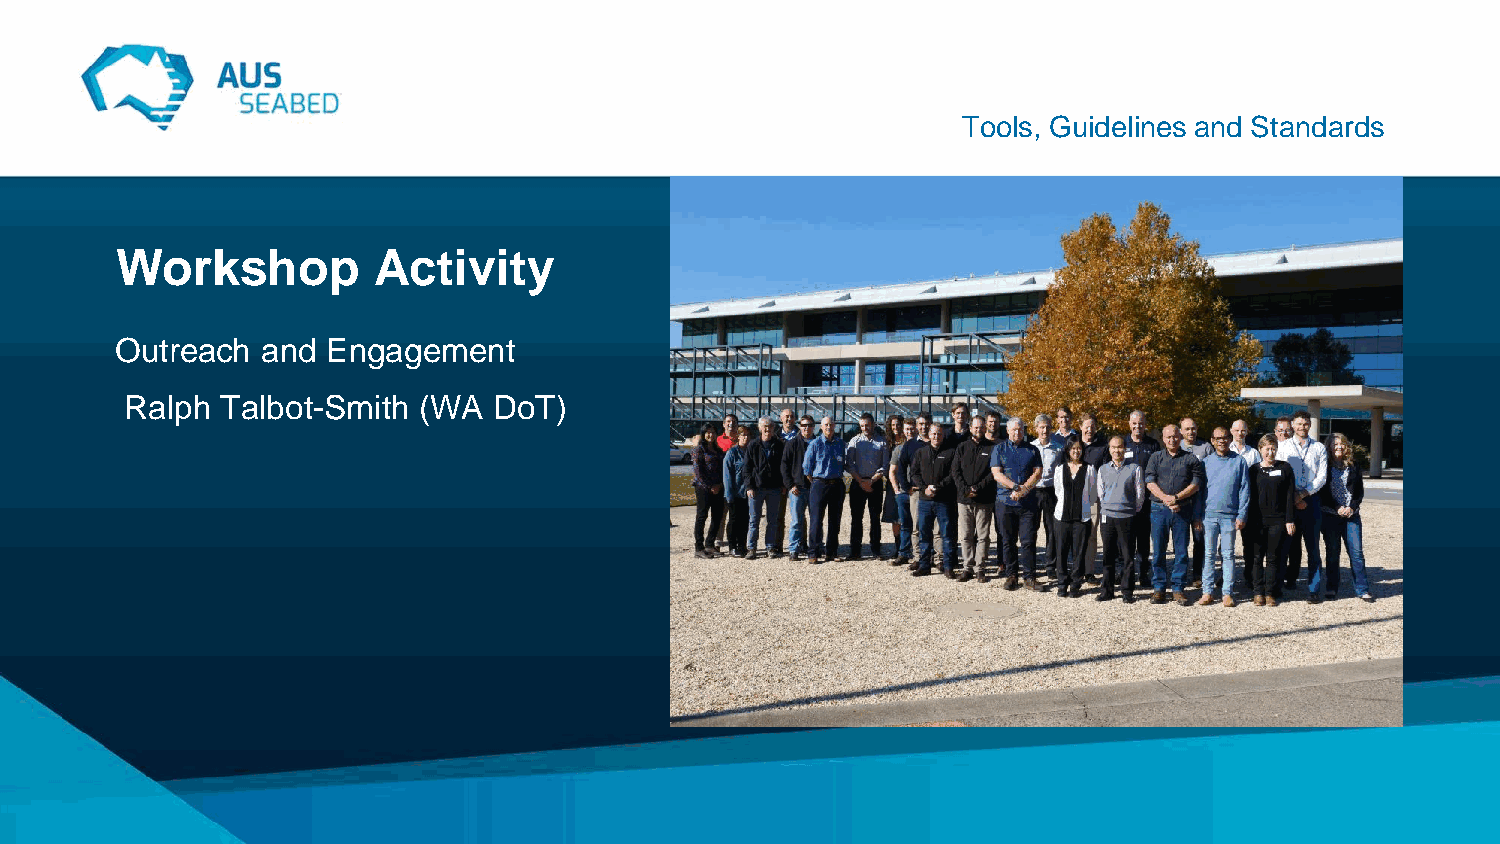
Tools, Guidelines and Standards
 Workshop         Activity
 Outreach and  Engagement
 Ralph  Talbot-Smith (WA  DoT)